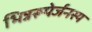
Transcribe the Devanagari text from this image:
भिन्नरूपेर्जनस्य